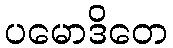
ပမောဒိတေ